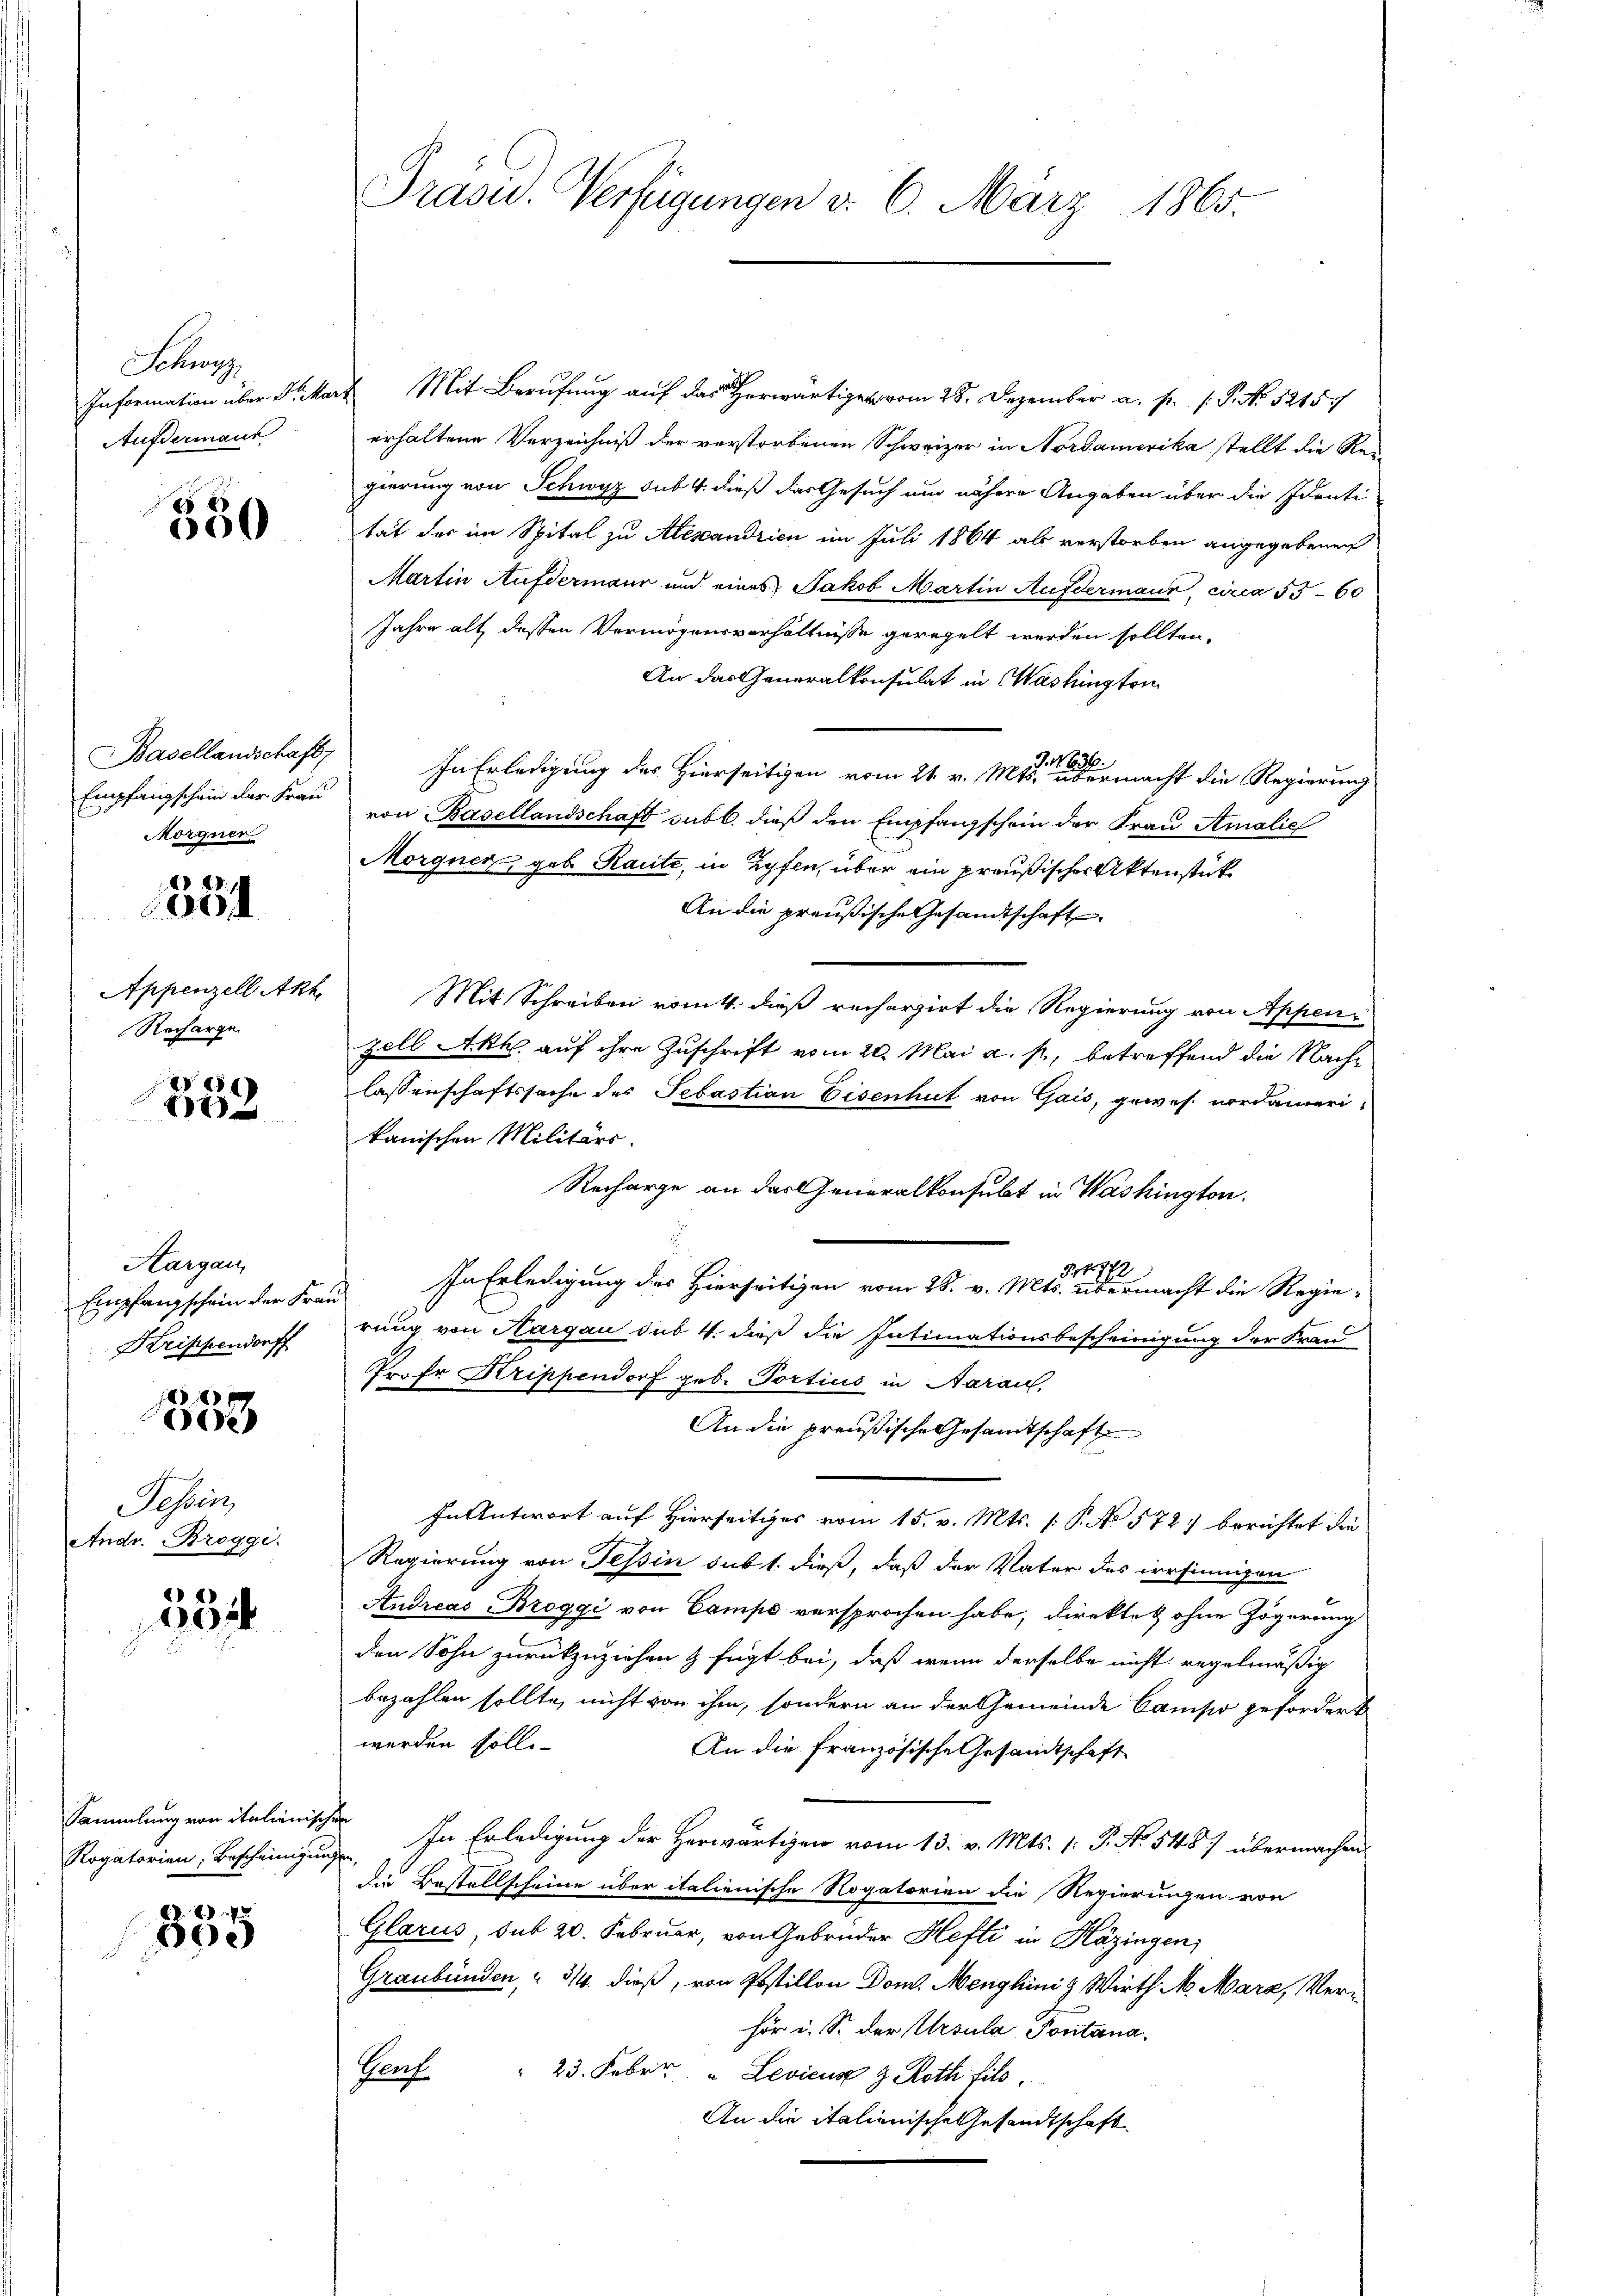
Schwyz
Information über Dr. Ma
Aufdermaur

350

Basellandschaft,
Empfangschein der Frau
Morgner

28.
00

Appenzell Akt
Recharge

852

Aargau,
Empfangschein der Fran
Krippendorff

1
o

Sesseit
Andr. Broggi.

534

Sammlung von italienische
Rogatorien, Bescheinigung

355

Präsid. Verfügungen d. 6. März 1865.

Mit Beruf auf das er 28. Dezember a. p. P. Nr. 1215
erhaltene Verzeichniß der verstorbenen Schweizer in Nordamerika stellt die Reigierung von Schwyz sub. 4. dieß das Gesuch um nähere Angaben über die Identitat der im Spital zu Alexandrien im Juli 1864 als verstorben angegebenen
Martin Aufdermaur und eines Jakob Martin Aufdermann, circa 5560
Jahre alt dessen Vermögensverhältnisse geregelt werden sollten.
An das Generalkonsulat in Washington
In Erledigung des Hierseitigen vom 21. v. Mts. einen ermacht die Regierung
von Basellandschaft subl. dieß den Empfangschein der Frau Amalie
Morgnen, geb. Raute, in Zyfen, über ein preußischer Aktenstück¬
An die preußische Gesandtschaft
Mit Schreiben womit dieß rechargirt die Regierung von Appenz
zell Akt auf ihre Zuschrift vom 20. Mai a. p., betreffend die Nachlassenschaftssache des Sebastian Eisenhut von Gais, gewes nordamerikanischen Militärs.
Recharge an das Generalkonsubt in Washington.
17
In Erledigung des Hierseitigen vom 28. v. Mts. übermacht die Regie-
rung von Aargau das 4. dieß die Intimationsbescheinigung der Frau
Profes Krippendorf geb. Portius in Aarau
An die preußische Gesandtschaft
In Antwort auf Hierseitiges vom 15. v. Mts. (: P. No 572) berichtet die
Regierung von Tessin sub 1. dieß, daß der Vater des irrsinnigen
Andreas Broggi von Campe versprochen habe, direkte & ohne Zögerung
den Sohn zurückzuziehen & fügt bei, daß wenn derselbe nicht regelmäßig
bezahlen sollte, nicht von ihm, sondern an der Gemeinde Camisio gefordert
werden solle.
An die französische Gesandtschaft
In Erledigung der Herwärtigen vom 13. v. Mts. 1. P. No. 548) übermachen
die Bestellscheine über italienische Rogatorien die Regierungen von
Glarus sub 20. Februar, von Gebrüder Hefti in Häzingen,
Graubünden, " 3/4. dieß, von Postillon Dom. Menghini & Wirth N. Mara, Verhör u. S. der Ursula Pontana
" 23. Febr. " Levicus & Roth fils.
Herf
An die italienische Gesandtschaft